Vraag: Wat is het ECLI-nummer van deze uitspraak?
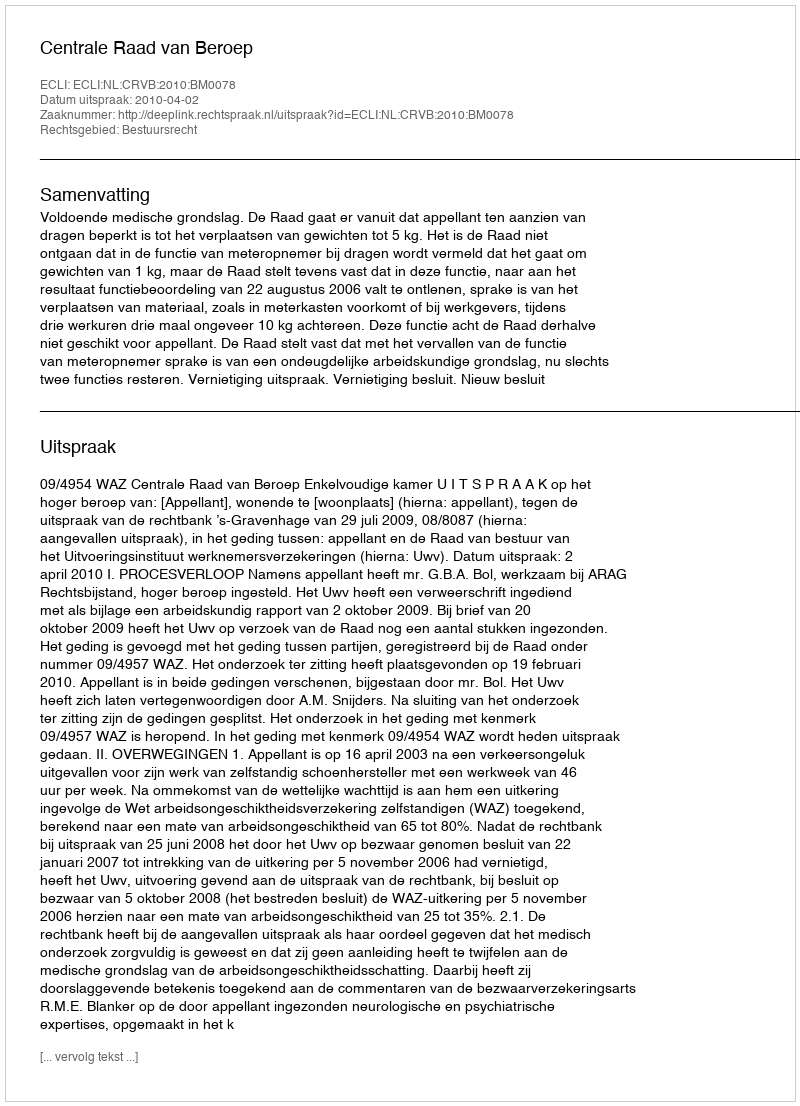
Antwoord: ECLI:NL:CRVB:2010:BM0078